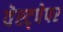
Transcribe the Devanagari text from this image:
वेस्ट्पेपर